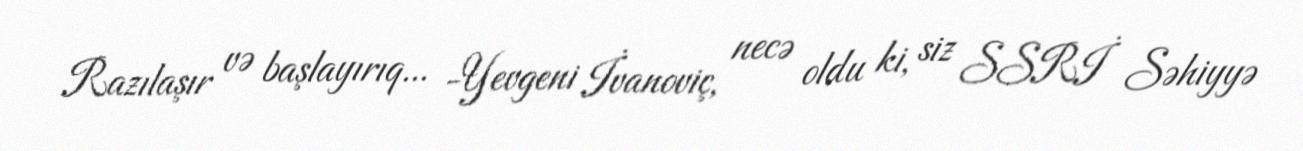
Razılaşır və başlayırıq... -Yevgeni İvanoviç, necə oldu ki, siz SSRİ Səhiyyə